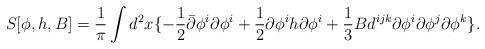
\begin{align*}S[\phi,h,B] = \frac{1}{\pi} \int d^2x \{- \frac{1}{2} \bar{\partial }\phi^i \partial \phi^i+ \frac{1}{2} \partial \phi^i h \partial \phi^i+ \frac{1}{3} B d^{ijk}\partial \phi^i \partial \phi^j \partial \phi^k\}.\end{align*}